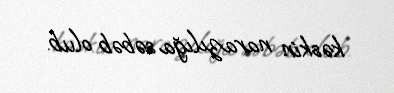
kəskin narazılığa səbəb olub.